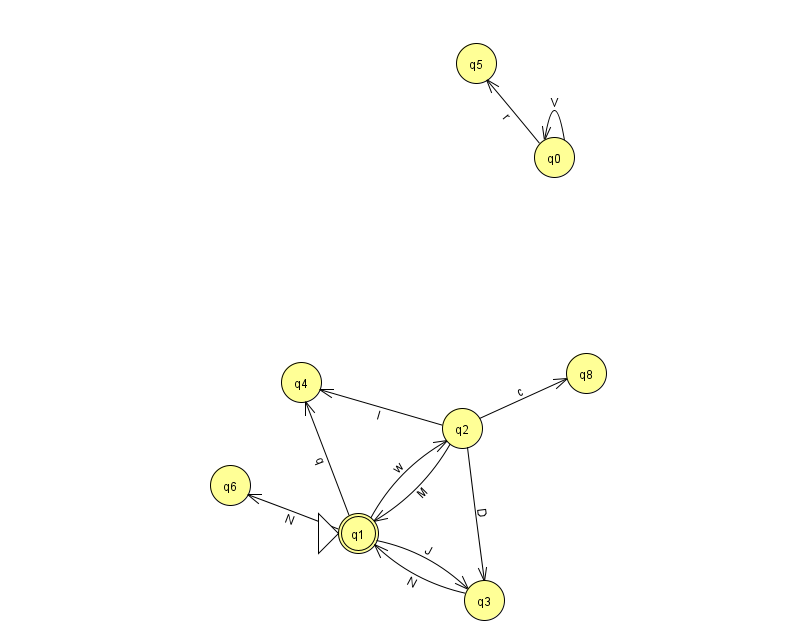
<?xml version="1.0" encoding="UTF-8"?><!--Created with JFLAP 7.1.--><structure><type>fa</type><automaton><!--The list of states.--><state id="0" name="q0"><x>554.0</x><y>144.0</y></state><state id="1" name="q1"><x>358.0</x><y>520.0</y><initial/><final/></state><state id="2" name="q2"><x>462.0</x><y>415.0</y></state><state id="3" name="q3"><x>484.0</x><y>587.0</y></state><state id="4" name="q4"><x>301.0</x><y>369.0</y></state><state id="5" name="q5"><x>476.0</x><y>50.0</y></state><state id="6" name="q6"><x>230.0</x><y>472.0</y></state><state id="8" name="q8"><x>586.0</x><y>360.0</y></state><!--The list of transitions.--><transition><from>0</from><to>5</to><read>r</read></transition><transition><from>1</from><to>3</to><read>J</read></transition><transition><from>2</from><to>1</to><read>M</read></transition><transition><from>2</from><to>3</to><read>D</read></transition><transition><from>3</from><to>1</to><read>N</read></transition><transition><from>0</from><to>0</to><read>V</read></transition><transition><from>1</from><to>6</to><read>N</read></transition><transition><from>2</from><to>4</to><read>I</read></transition><transition><from>2</from><to>8</to><read>c</read></transition><transition><from>1</from><to>2</to><read>w</read></transition><transition><from>1</from><to>4</to><read>q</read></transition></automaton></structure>